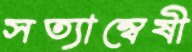
সত্যান্বেষী